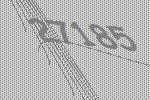
27185